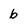
Character: b